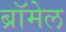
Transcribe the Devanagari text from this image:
ब्रॉमेल